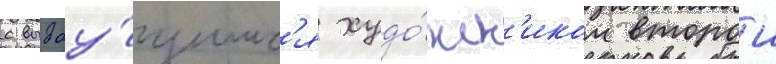
с выдау́щимс'я худо́жн'иком второи